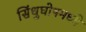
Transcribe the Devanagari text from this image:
सिंधुघोषमध्ये